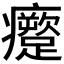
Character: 𱱱